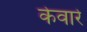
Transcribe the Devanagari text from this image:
केवारे